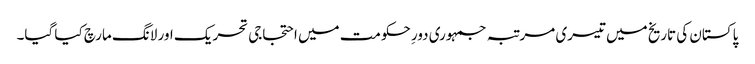
پاکستان کی تاریخ میں تیسری مرتبہ جمہوری دورِ حکومت میں احتجاجی تحریک اور لانگ مارچ کیا گیا۔